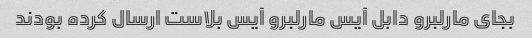
بجای مارلبرو دابل آیس مارلبرو آیس بلاست ارسال کرده بودند